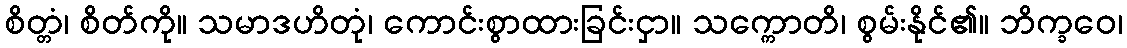
စိတ္တံ၊ စိတ်ကို။ သမာဒဟိတုံ၊ ကောင်းစွာထားခြင်းငှာ။ သက္ကောတိ၊ စွမ်းနိုင်၏။ ဘိက္ခဝေ၊